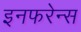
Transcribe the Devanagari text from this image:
इनफरेन्स